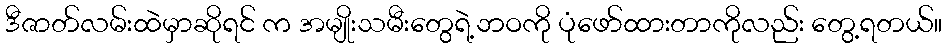
ဒီဇာတ်လမ်းထဲမှာဆိုရင် က အမျိုးသမီးတွေရဲ့ဘဝကို ပုံဖော်ထားတာကိုလည်း တွေ့ရတယ်။